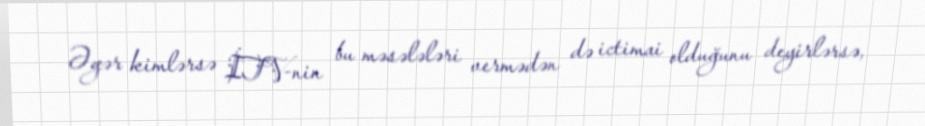
Əgər kimlərsə İTV-nin bu məsələləri vermədən də ictimai olduğunu deyirlərsə,